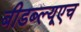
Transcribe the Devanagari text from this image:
बीडब्ल्यूएच